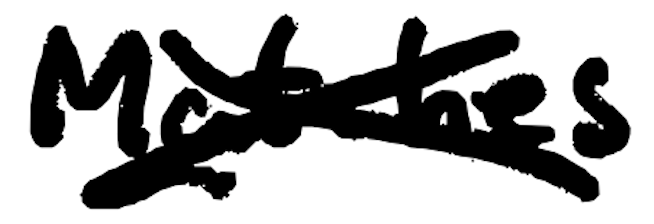
Text: Matches
Cross-out: cross
Writing tool: digital_black